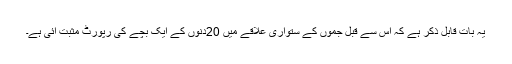
یہ بات قابل ذکر ہے کہ اس سے قبل جموں کے ستواری علاقے میں 20دنوں کے ایک بچے کی رپورٹ مثبت آئی ہے۔